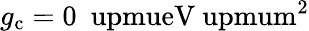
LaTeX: g_{\mathrm{c}}=0~\mathrm{\ upmueV\ upmum^{2}}